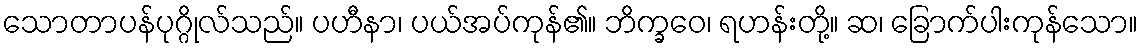
သောတာပန်ပုဂ္ဂိုလ်သည်။ ပဟီနာ၊ ပယ်အပ်ကုန်၏။ ဘိက္ခဝေ၊ ရဟန်းတို့။ ဆ၊ ခြောက်ပါးကုန်သော။